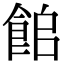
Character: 𩛍